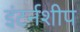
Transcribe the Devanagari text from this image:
इंटर्नशीप